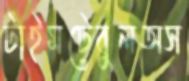
টাইমটেবুলঅস